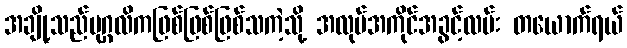
အချို့သည်ပုဂ္ဂလိကဖြစ်ဖြစ်ဖြစ်သကဲ့သို့ အလုပ်အကိုင်အခွင့်လမ်း တယောက်ရယ်